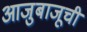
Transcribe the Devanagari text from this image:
आजुबाजूची